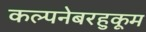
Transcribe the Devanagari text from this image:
कल्पनेबरहुकूम